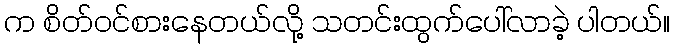
က စိတ်ဝင်စားနေတယ်လို့ သတင်းထွက်ပေါ်လာခဲ့ ပါတယ်။